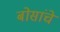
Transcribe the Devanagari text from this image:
बोसांचे